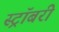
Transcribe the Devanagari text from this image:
स्ट्रॉबरी